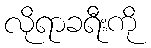
လိုရာခရီးကို